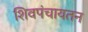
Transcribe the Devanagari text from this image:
शिवपंचायतन